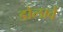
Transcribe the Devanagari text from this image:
डोलावें